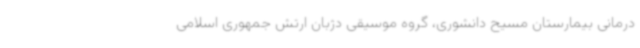
درمانی بیمارستان مسیح دانشوری، گروه موسیقی دژبان ارتش جمهوری اسلامی